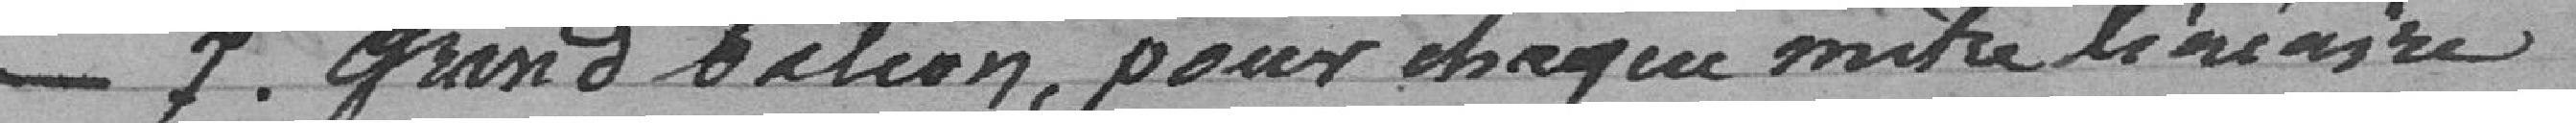
_7. Grand balcon , pour chaque mètre linéaire